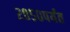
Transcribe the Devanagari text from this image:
२०५०पर्यंत